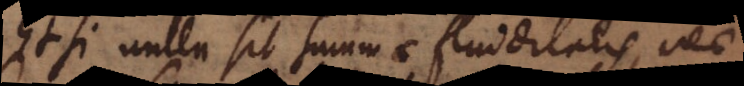
Etsi nulla [res] sit summae fluiditatis, nec